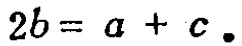
\(2b = a + c.\)